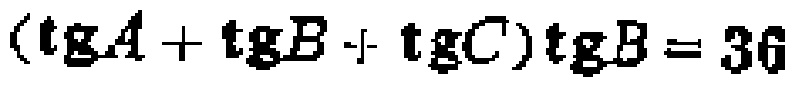
\((\operatorname{tg}A + \operatorname{tg}B + \operatorname{tg}C)\operatorname{tg}B = 36\)